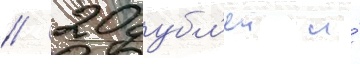
/ 20 дубл'еи и́